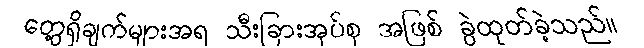
တွေ့ရှိချက်များအရ သီးခြားအုပ်စု အဖြစ် ခွဲထုတ်ခဲ့သည်။